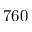
7 6 0